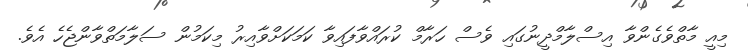
މިއީ މާތްވެގެންވާ އިސްލާމްދީނުގައި ވެސް ހަރާމް ކުރައްވާފައިވާ ކަމަކަށްވާއިރު މިކަމުން ސަލާމަތްވާންޖެހެ އެވެ.